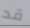
قد